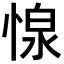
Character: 𢝓